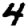
Digit: 4